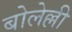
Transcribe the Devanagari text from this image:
बोलेल्ली